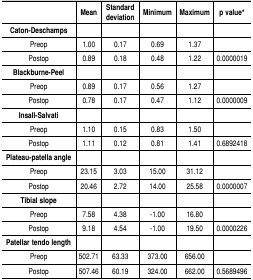
|  | Mean | Standard deviation | Minimum | Maximum | p value* |
 | Caton-Deschamps |  |  |  |  |  |
 | --- | --- | --- | --- | --- | --- |
 | Preop | 1.00 | 0.17 | 0.69 | 1.37 |  |
 | Postop | 0.89 | 0.18 | 0.48 | 1.22 | 0.0000019 |
 | Blackburne-Peel |  |  |  |  |  |
 | Preop | 0.89 | 0.17 | 0.56 | 1.27 |  |
 | Postop | 0.78 | 0.17 | 0.47 | 1.12 | 0.0000009 |
 | Insall-Salvati |  |  |  |  |  |
 | Preop | 1.10 | 0.15 | 0.83 | 1.50 |  |
 | Postop | 1.11 | 0.12 | 0.81 | 1.41 | 0.6892418 |
 | Plateau-patella angle |  |  |  |  |  |
 | Preop | 23.15 | 3.03 | 15.00 | 31.12 |  |
 | Postop | 20.46 | 2.72 | 14.00 | 25.58 | 0.0000007 |
 | Tibial slope |  |  |  |  |  |
 | Preop | 7.58 | 4.38 | -1.00 | 16.80 |  |
 | Postop | 9.18 | 4.54 | -1.00 | 19.50 | 0.0000226 |
 | Patellar tendo length |  |  |  |  |  |
 | Preop | 502.71 | 63.33 | 373.00 | 656.00 |  |
 | Postop | 507.46 | 60.19 | 324.00 | 662.00 | 0.5689496 |